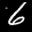
Label: 6